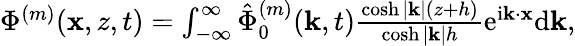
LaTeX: \begin{array}{r}{\Phi^{(m)}(\mathbf{x},z,t)=\int_{-\infty}^{\infty}\hat{\Phi}_{0}^{(m)}(\mathbf{k},t)\frac{\cosh|\mathbf{k}|(z+h)}{\cosh|\mathbf{k}|h}\mathrm{e}^{\mathrm{i}\mathbf{k}\cdot\mathbf{x}}\mathrm{d}\mathbf{k},}\end{array}